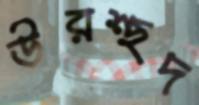
উরশ্ছদ